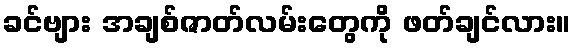
ခင်ဗျား အချစ်ဇာတ်လမ်းတွေကို ဖတ်ချင်လား။